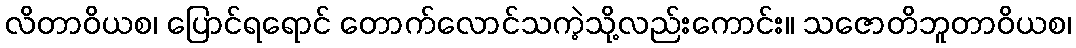
လိတာဝိယစ၊ ပြောင်ရရောင် တောက်လောင်သကဲ့သို့လည်းကောင်း။ သဇောတိဘူတာဝိယစ၊